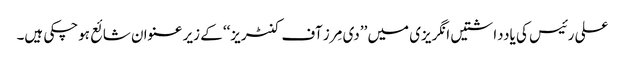
علی رئیس کی یادداشتیں انگریزی میں ’’دی مِرز آف کنٹریز‘‘ کے زیر عنوان شائع ہوچکی ہیں۔